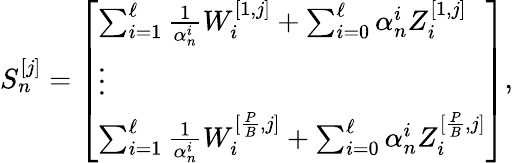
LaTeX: \begin{array}{r}{S_{n}^{[j]}=\left[\begin{array}{l}{\sum_{i=1}^{\ell}\frac{1}{\alpha_{n}^{i}}W_{i}^{[1,j]}+\sum_{i=0}^{\ell}\alpha_{n}^{i}Z_{i}^{[1,j]}}\\ {\vdots}\\ {\sum_{i=1}^{\ell}\frac{1}{\alpha_{n}^{i}}W_{i}^{[\frac{P}{B},j]}+\sum_{i=0}^{\ell}\alpha_{n}^{i}Z_{i}^{[\frac{P}{B},j]}}\end{array}\right],}\end{array}